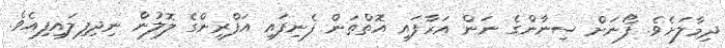
ދިމާލަށެވެ. ފޯނަށް ސިނާންގެ ނަން އަރާފައި އޮތްތަން ފެނިފައި އަފްރީންގެ ލޮލުން ނިދިފިލައިފިއެވެ.